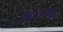
કાળા